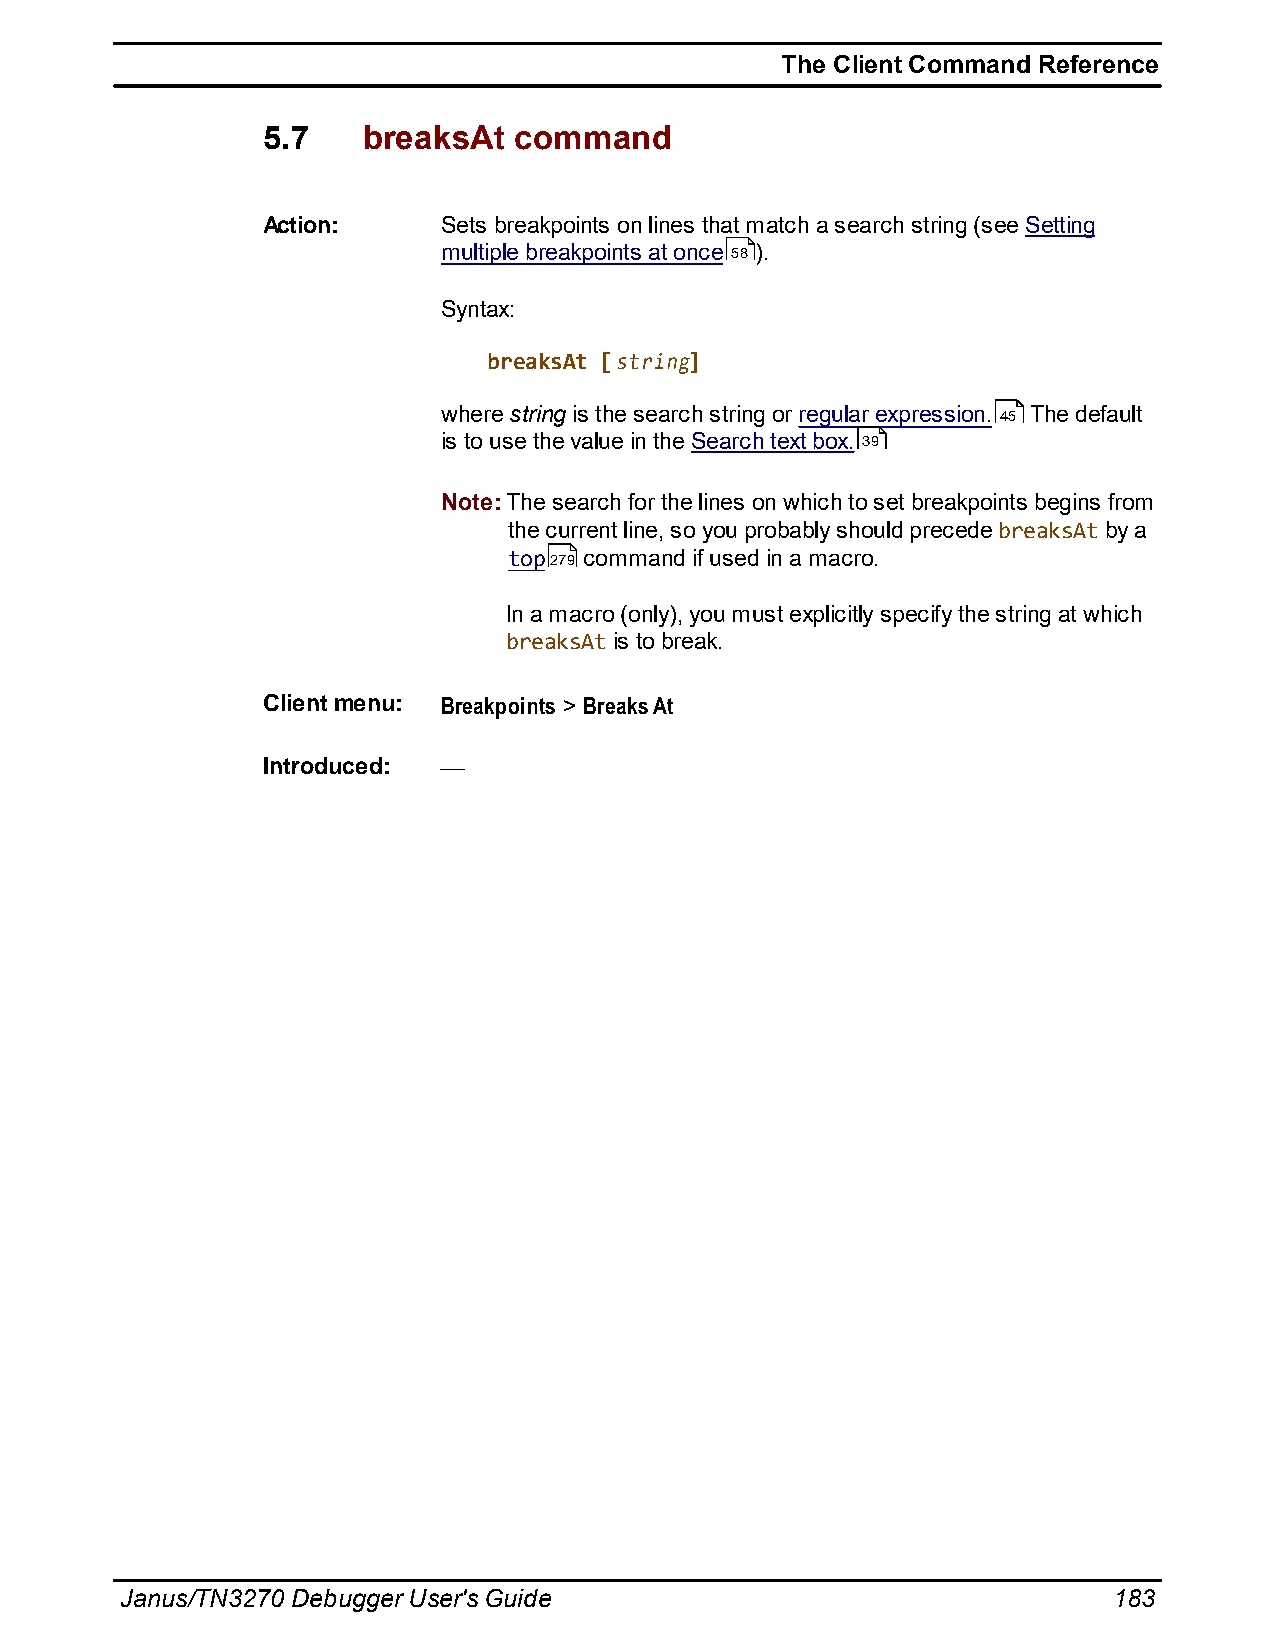
The Client Command Reference
 5.7    breaksAt  command
 Action:     Sets breakpoints on lines that match a search string (see Setting
 multiple breakpoints at once 58 ).
 Syntax:
 breaksAt [string]
 where string is the search string or regular expression. 45 The default
 is to use the value in the Search text box. 39
 Note: The search for the lines on which to set breakpoints begins from
 the current line, so you probably should precede breaksAt by a
 top279 command if used in a macro.
 In a macro (only), you must explicitly specify the string at which
 breaksAt is to break.
 Client menu: Breakpoints > Breaks At
 Introduced:
 Janus/TN3270 Debugger User's Guide                                183